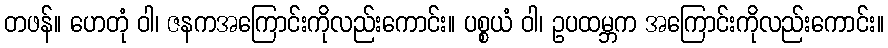
တဖန်။ ဟေတုံ ဝါ၊ ဇနကအကြောင်းကိုလည်းကောင်း။ ပစ္စယံ ဝါ၊ ဥပထမ္ဘက အကြောင်းကိုလည်းကောင်း။